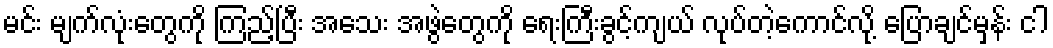
မင်း မျက်လုံးတွေကို ကြည့်ပြီး အသေး အဖွဲတွေကို ရေးကြီးခွင့်ကျယ် လုပ်တဲ့ကောင်လို့ ပြောချင်မှန်း ငါ